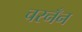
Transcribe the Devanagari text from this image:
चरनँन